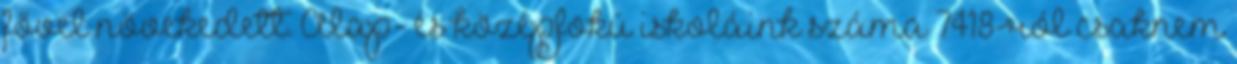
fővel növekedett. Alap- és középfokú iskoláink száma 7418-ról csaknem